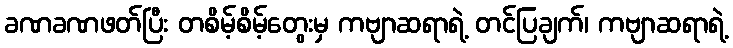
ခဏခဏဖတ်ပြီး တစိမ့်စိမ့်တွေးမှ ကဗျာဆရာရဲ့ တင်ပြချက်၊ ကဗျာဆရာရဲ့